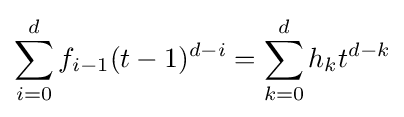
\sum _{i=0}^{d}f_{i-1}(t-1)^{d-i}=\sum _{k=0}^{d}h_{k}t^{d-k}